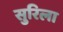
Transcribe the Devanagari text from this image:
सुरिला